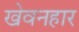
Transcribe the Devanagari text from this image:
खेवनहार